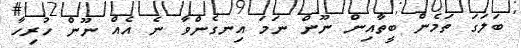
ބަލަގަ ތަމެން ބީތާއިން ނޫން ނަމަ އިނގެންވާ ނެ އެއް ނޫން ހުރިހާ